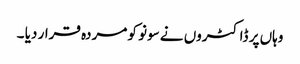
وہاں پر ڈاکٹروں نے سونو کو مردہ قرار دیا ۔